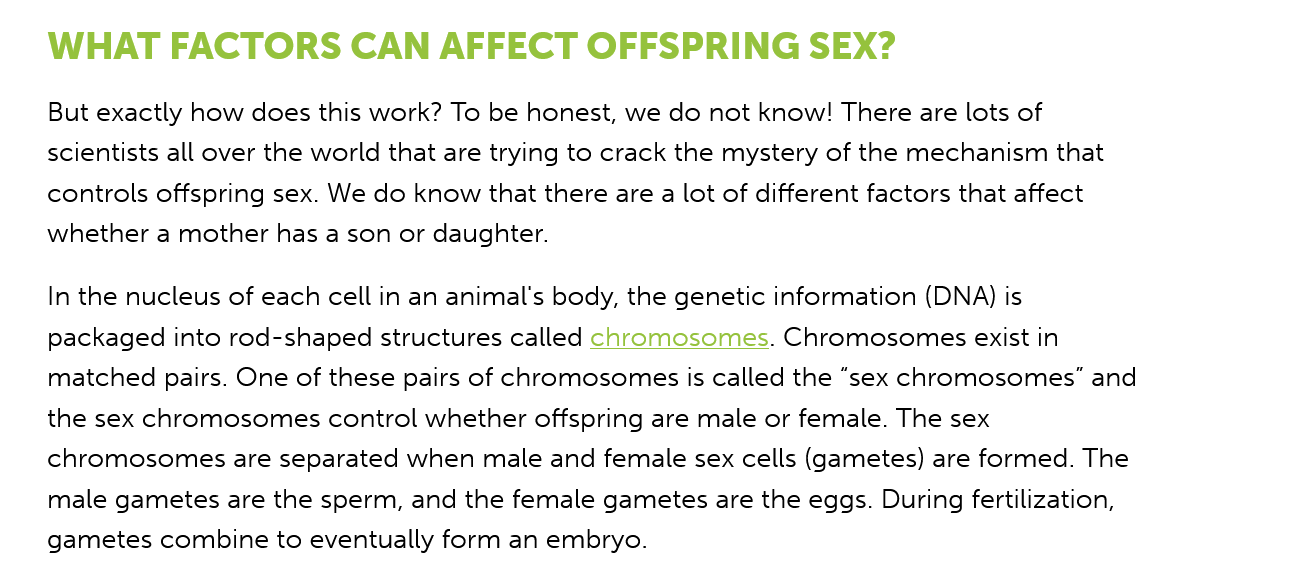
WHAT    FACTORS    CAN   AFFECT    OFFSPRING    SEX?
    But exactly how does this work? To be honest, we do not know! There are lots of
    scientists all over the world that are trying to crack the mystery of the mechanism that
    controls offspring sex. We do know that there are a lot of different factors that affect
    whether a mother has a son or daughter.
    In the nucleus of each cell in an animal's body, the genetic information (DNA) is
    packaged into rod-shaped structures called chromosomes. Chromosomes exist in
    matched pairs. One of these pairs of chromosomes is called the “sex chromosomes” and
    the sex chromosomes control whether offspring are male or female. The sex
    chromosomes are separated when male and female sex cells (gametes) are formed. The
    male gametes are the sperm, and the female gametes are the eggs. During fertilization,
    gametes combine to eventually form an embryo.